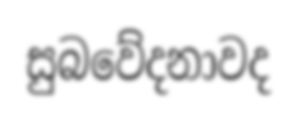
සුබවේදනාවද